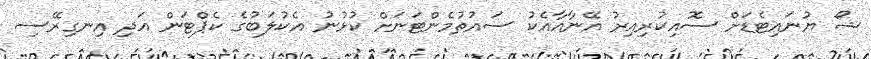
ޝޯ ޔުނައިޓެޑަށް ސޮއިކުރިއިރު އޭނާއާއެކު ސައުތުމެންޓަނަށް ކުޅުނު އެކުލަބުގެ ކެޕްޓަން އަދި އިނގިރޭސި